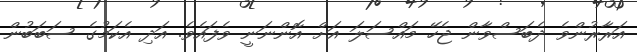
އަރާރުންވެ ދެބަސްވާން ޖެހޭ މައްސަލަ އަށް އޮންނަނީ ވެފައެވެ. އަދި އެކަމުގެ ސަބަބުން